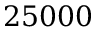
2 5 0 0 0